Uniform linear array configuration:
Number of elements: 12
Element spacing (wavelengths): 0.25
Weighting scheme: uniform
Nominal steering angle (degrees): -30
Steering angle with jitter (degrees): -30.606
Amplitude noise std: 0.05
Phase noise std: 0.05

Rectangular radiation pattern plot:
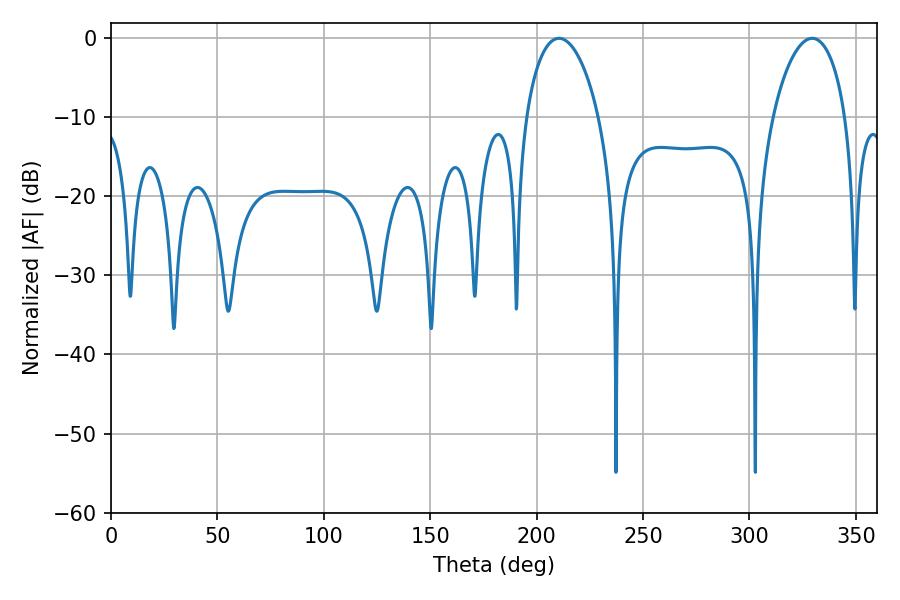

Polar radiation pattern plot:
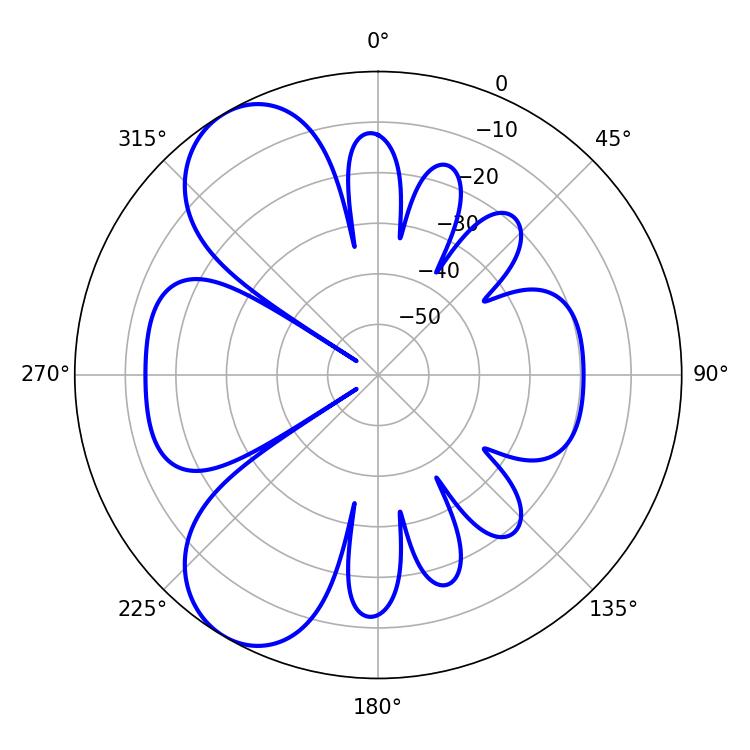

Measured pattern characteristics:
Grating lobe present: FALSE
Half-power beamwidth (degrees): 19.62
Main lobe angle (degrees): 210.42